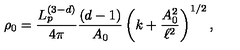
\rho _ { 0 } = \frac { L _ { p } ^ { ( 3 - d ) } } { 4 \pi } \frac { ( d - 1 ) } { A _ { 0 } } \left( k + \frac { A _ { 0 } ^ { 2 } } { \ell ^ { 2 } } \right) ^ { 1 / 2 } ,